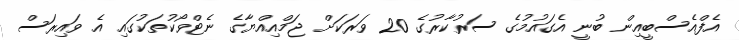
އެފްއެސްބީއިން ބުނީ އެގައުމުގެ ސަރުކާރުގެ 20 ވަރަކަށް ޖަމްއިއްޔާގެ ނެޓްވޯކުތަކުގައި އެ ވައިރަސް